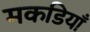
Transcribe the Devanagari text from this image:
मकडियाँ